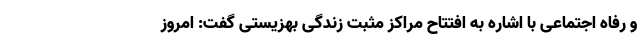
و رفاه اجتماعی با اشاره به افتتاح مراکز مثبت زندگی بهزیستی گفت: امروز